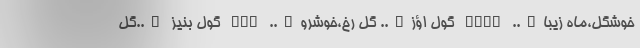
خوشگل،ماه زیبا….. GLAY گول اؤز….. گل رخ،خوشرو….. GLZ گول بنیز …..گل